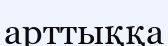
арттыққа